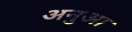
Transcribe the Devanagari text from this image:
अनुआ